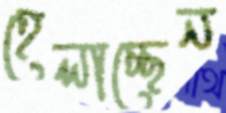
হেলাচ্ছেন